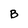
Character: B